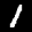
Label: 1